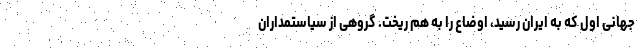
جهانی اول که به ایران رسید، اوضاع را به هم ریخت. گروهی از سیاستمداران